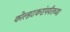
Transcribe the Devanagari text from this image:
कोल्हटकरांपर्यंतच्या